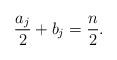
LaTeX: \begin{align*} \frac{a_j}{2}+b_j=\frac{n}{2}.\end{align*}